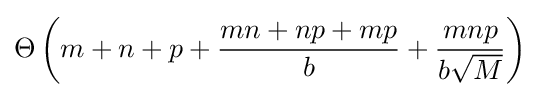
\Theta \left(m+n+p+{\frac {mn+np+mp}{b}}+{\frac {mnp}{b{\sqrt {M}}}}\right)